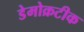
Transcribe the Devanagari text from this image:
डेमोक्रटीक